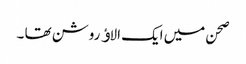
صحن میں ایک الاﺅ روشن تھا ۔